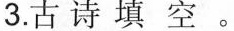
3.古诗填空。